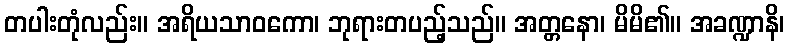
တပါးတုံလည်း။ အရိယသာဝကော၊ ဘုရားတပည့်သည်။ အတ္တနော၊ မိမိ၏။ အခဏ္ဍာနိ၊